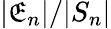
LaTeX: |\mathfrak{E}_{n}|/|S_{n}|